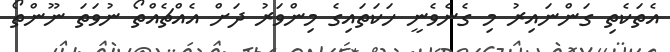
އެތަކެތި ގަންނައިރު މި ގެނެވެނީ ހަކަތައިގެ މިންވަރު ދަށް އެއްޗެއްތޯ ނުވަތަ ނޫންތޯ